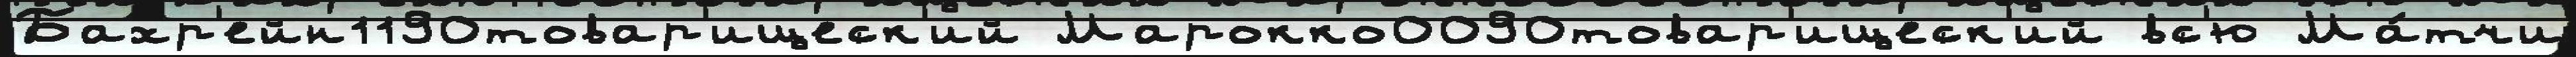
Бахр'ейн1190товар'ищеск'ий Марокко0090товар'ищеск'ий вс'ю Ма́тчи